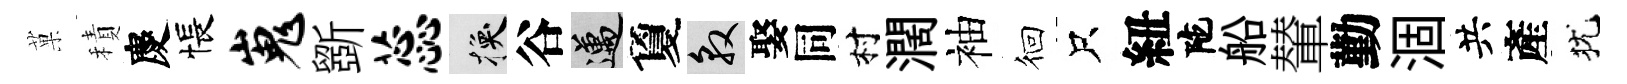
菓積慶悵嵬斵蕊换谷邁夐敦娶同村濶袖徊只紐陀船輦勤涸共產犹